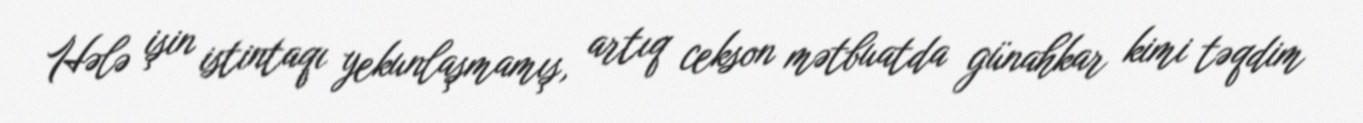
Hələ işin istintaqı yekunlaşmamış, artıq cekson mətbuatda günahkar kimi təqdim